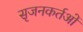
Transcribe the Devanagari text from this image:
सृजनकर्तओं